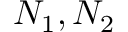
N _ { 1 } , N _ { 2 }